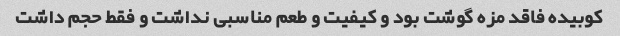
کوبیده فاقد مزه گوشت بود و کیفیت و طعم مناسبی نداشت و فقط حجم داشت